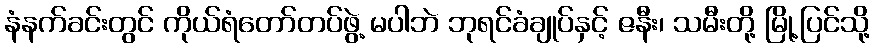
နံနက်ခင်းတွင် ကိုယ်ရံတော်တပ်ဖွဲ့ မပါဘဲ ဘုရင်ခံချုပ်နှင့် ဇနီး၊ သမီးတို့ မြို့ပြင်သို့